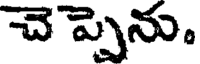
చెప్పెను,